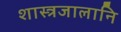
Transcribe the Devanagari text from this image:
शास्त्रजालानि